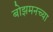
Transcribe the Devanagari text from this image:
बोझमनच्या